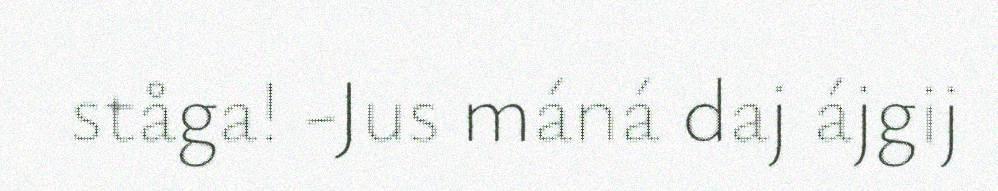
ståga! -Jus máná daj ájgij